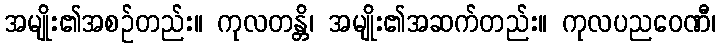
အမျိုး၏အစဉ်တည်း။ ကုလတန္တိ၊ အမျိုး၏အဆက်တည်း။ ကုလပညဝေဏီ၊